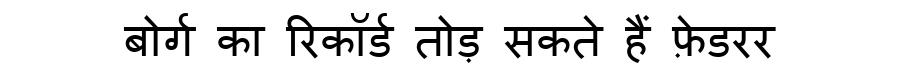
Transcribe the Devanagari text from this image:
बोर्ग का रिकॉर्ड तोड़ सकते हैं फ़ेडरर